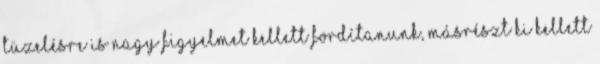
tüzelésre is nagy figyelmet kellett fordítanunk, másrészt ki kellett